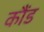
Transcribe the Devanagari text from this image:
कौंड